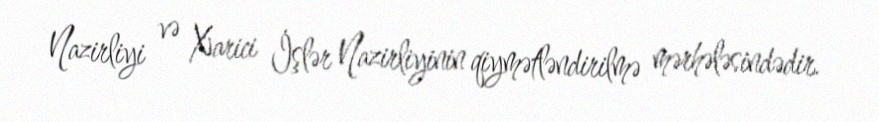
Nazirliyi və Xarici İşlər Nazirliyinin qiymətləndirilmə mərhələsindədir.